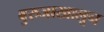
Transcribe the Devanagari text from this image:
बुरुजाखालून